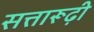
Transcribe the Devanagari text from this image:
सत्तारूढ़ी